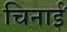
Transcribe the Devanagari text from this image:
चिनाईं